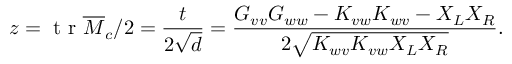
z = \mathrm { ~ t ~ r ~ } \overline { { M } } _ { c } / 2 = \frac { t } { 2 \sqrt { d } } = \frac { G _ { v v } G _ { w w } - K _ { v w } K _ { w v } - X _ { L } X _ { R } } { 2 \sqrt { K _ { w v } K _ { v w } X _ { L } X _ { R } } } .